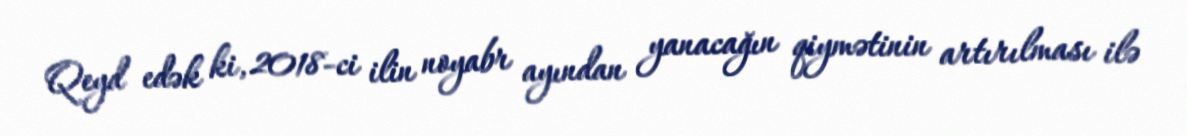
Qeyd edək ki, 2018-ci ilin noyabr ayından yanacağın qiymətinin artırılması ilə